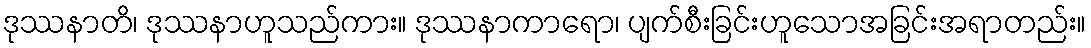
ဒုဿနာတိ၊ ဒုဿနာဟူသည်ကား။ ဒုဿနာကာရော၊ ပျက်စီးခြင်းဟူသောအခြင်းအရာတည်း။